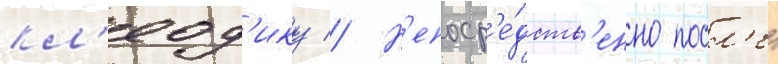
кл'еод'ику // Н'епоср'е́дств'енно посл'е